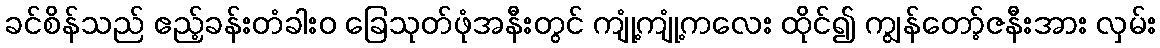
ခင်စိန်သည် ဧည့်ခန်းတံခါးဝ ခြေသုတ်ဖုံအနီးတွင် ကျုံ့ကျုံ့ကလေး ထိုင်၍ ကျွန်တော့်ဇနီးအား လှမ်း